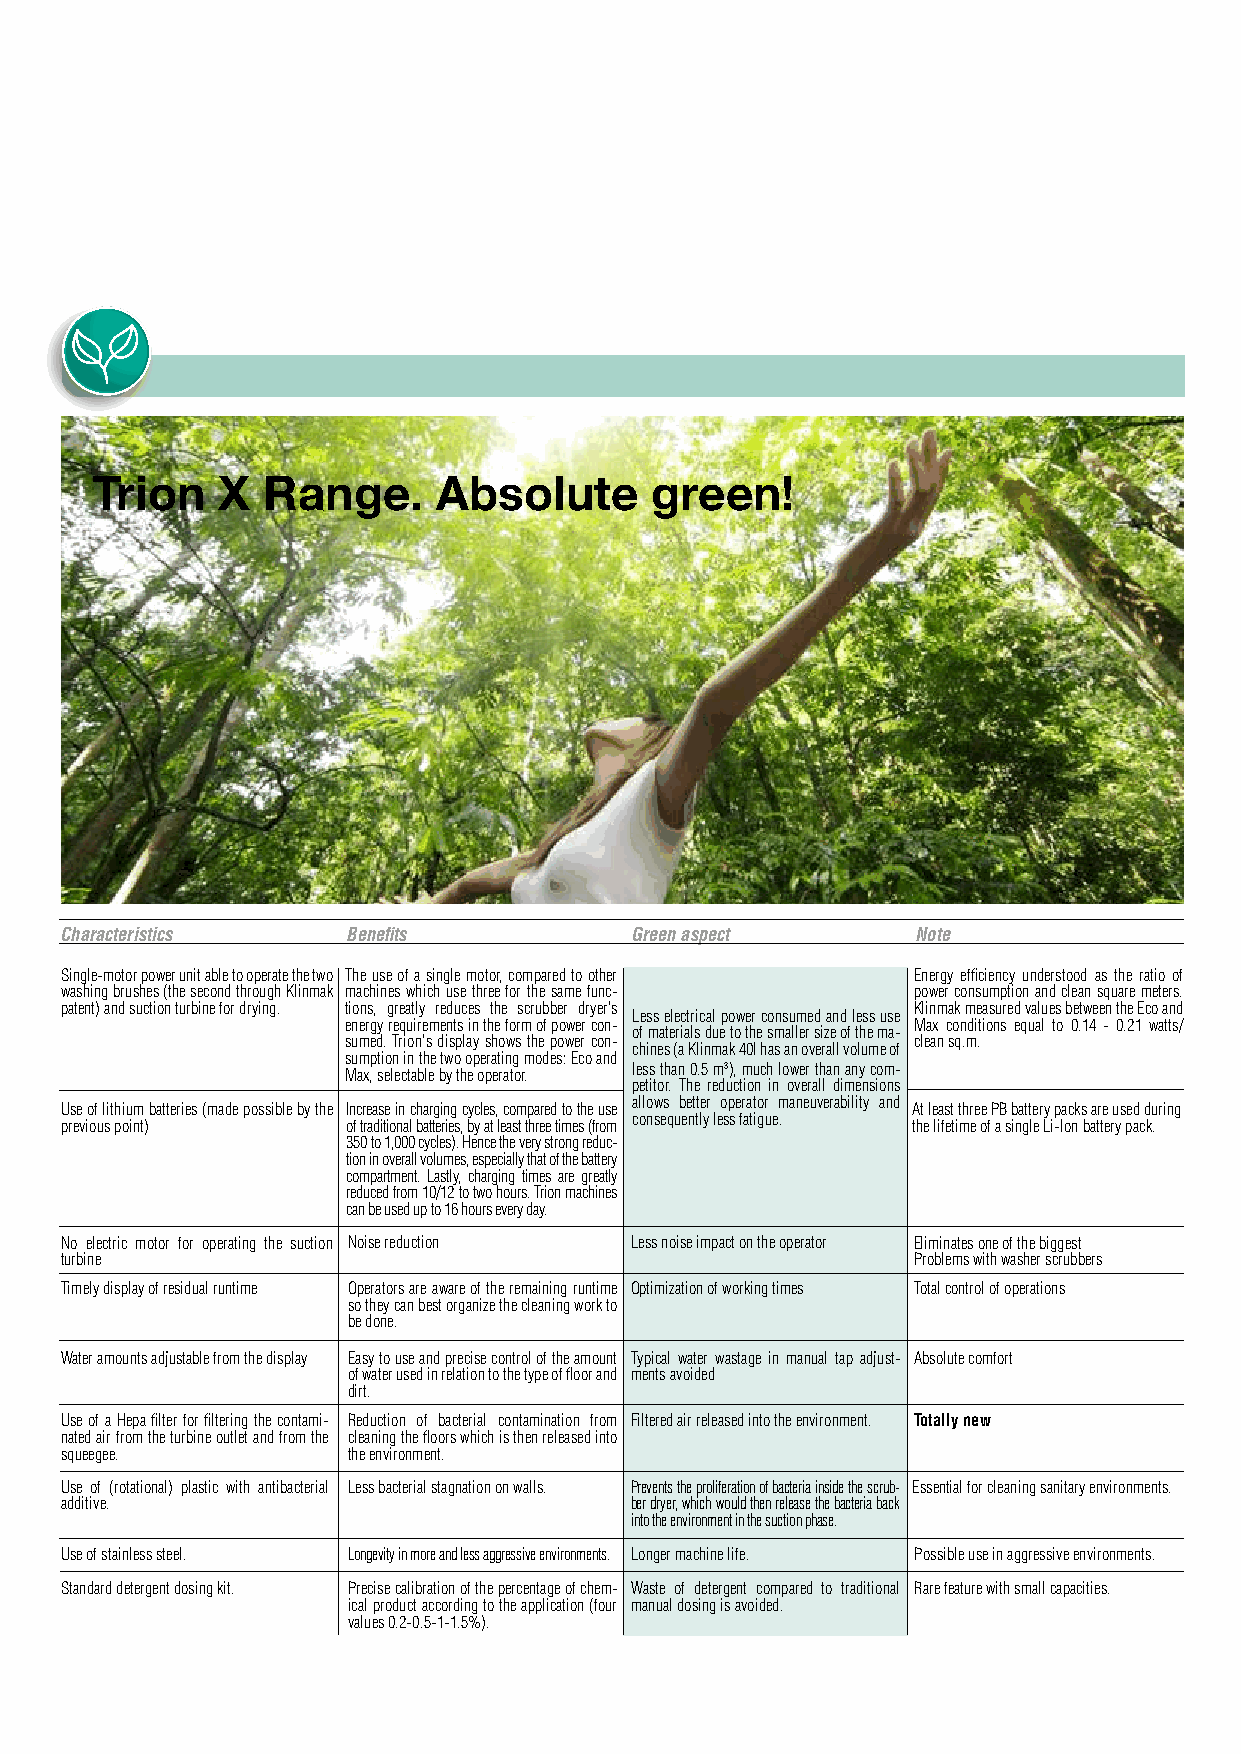
Trion   X  Range.      Absolute      green!
 Characteristics    Benefits           Green aspect       Note
 Single-motor power unit able to operate the two The use of a single motor, compared to other Energy efficiency understood as the ratio of
 washing brushes (the second through Klinmak machines which use three for the same func- power consumption and clean square meters.
 patent) and suction turbine for drying. tions, greatly reduces the scrubber dryer's Klinmak measured values between the Eco and
 Less electrical power consumed and less use
 energy requirements in the form of power con- Max conditions equal to 0.14 - 0.21 watts/
 of materials due to the smaller size of the ma-
 sumed. Trion's display shows the power con- clean sq.m.
 chines (a Klinmak 40l has an overall volume of
 sumption in the two operating modes: Eco and
 Max, selectable by the operator. less than 0.5 m3), much lower than any com-
 petitor. The reduction in overall dimensions
 allows better operator maneuverability and
 Use of lithium batteries (made possible by the Increase in charging cycles, compared to the use At least three PB battery packs are used during
 consequently less fatigue.
 previous point)    of traditional batteries, by at least three times (from the lifetime of a single Li-Ion battery pack.
 350 to 1,000 cycles). Hence the very strong reduc-
 tion in overall volumes, especially that of the battery
 compartment. Lastly, charging times are greatly
 reduced from 10/12 to two hours. Trion machines
 can be used up to 16 hours every day.
 No electric motor for operating the suction Noise reduction Less noise impact on the operator Eliminates one of the biggest
 turbine                                                 Problems with washer scrubbers
 Timely display of residual runtime Operators are aware of the remaining runtime Optimization of working times Total control of operations
 so they can best organize the cleaning work to
 be done.
 Water amounts adjustable from the display Easy to use and precise control of the amount Typical water wastage in manual tap adjust- Absolute comfort
 of water used in relation to the type of floor and ments avoided
 dirt.
 Use of a Hepa filter for filtering the contami- Reduction of bacterial contamination from Filtered air released into the environment. Totally new
 nated air from the turbine outlet and from the cleaning the floors which is then released into
 squeegee.          the environment.
 Use of (rotational) plastic with antibacterial Less bacterial stagnation on walls. Prevents the proliferation of bacteria inside the scrub- Essential for cleaning sanitary environments.
 additive.                             ber dryer, which would then release the bacteria back
 into the environment in the suction phase.
 Use of stainless steel. Longevity in more and less aggressive environments. Longer machine life. Possible use in aggressive environments.
 Standard detergent dosing kit. Precise calibration of the percentage of chem- Waste of detergent compared to traditional Rare feature with small capacities.
 ical product according to the application (four manual dosing is avoided.
 values 0.2-0.5-1-1.5%).